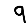
Digit: 9